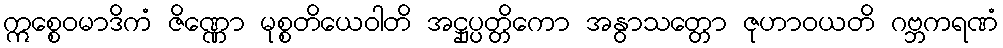
ဣစ္စေဝမာဒိကံ ဇိဏ္ဏော မုစ္စတိယေဝါတိ အဋ္ဌုပ္ပတ္တိကော အနွာသတ္တော ဇုဟာဝယတိ ဂဗ္ဘကရဏံ